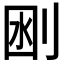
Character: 𠜟